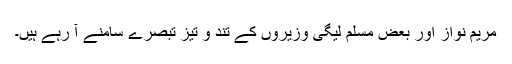
مریم نواز اور بعض مسلم لیگی وزیروں کے تند و تیز تبصرے سامنے آ رہے ہیں۔